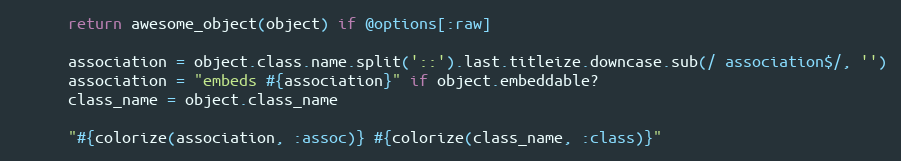
Language: Ruby
      return awesome_object(object) if @options[:raw]

      association = object.class.name.split('::').last.titleize.downcase.sub(/ association$/, '')
      association = "embeds #{association}" if object.embeddable?
      class_name = object.class_name

      "#{colorize(association, :assoc)} #{colorize(class_name, :class)}"